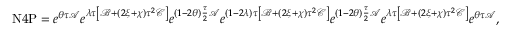
\begin{array} { r } { \mathrm { N } 4 \mathrm { P } = e ^ { \theta \tau \mathcal { A } } e ^ { \lambda \tau \left[ \mathcal { B } + ( 2 \xi + \chi ) \tau ^ { 2 } \mathcal { C } \right] } e ^ { ( 1 - 2 \theta ) \frac { \tau } { 2 } \mathcal { A } } e ^ { ( 1 - 2 \lambda ) \tau \left[ \mathcal { B } + ( 2 \xi + \chi ) \tau ^ { 2 } \mathcal { C } \right] } e ^ { ( 1 - 2 \theta ) \frac { \tau } { 2 } \mathcal { A } } e ^ { \lambda \tau \left[ \mathcal { B } + ( 2 \xi + \chi ) \tau ^ { 2 } \mathcal { C } \right] } e ^ { \theta \tau \mathcal { A } } , } \end{array}